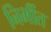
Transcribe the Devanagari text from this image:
निर्भीत